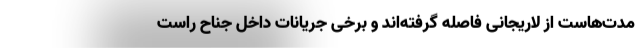
مدت‌هاست از لاریجانی فاصله گرفته‌اند و برخی جریانات داخل جناح راست